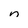
Character: n